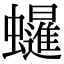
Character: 𧔷